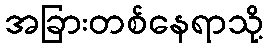
အခြားတစ်နေရာသို့